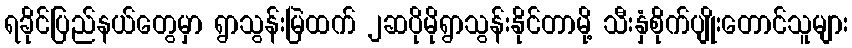
ရခိုင်ပြည်နယ်တွေမှာ ရွာသွန်းမြဲထက် ၂ဆပိုမိုရွာသွန်းနိုင်တာမို့ သီးနှံစိုက်ပျိုးတောင်သူများ